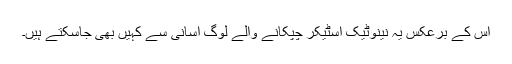
اس کے برعکس یہ نینوٹیک اسٹیکر چپکانے والے لوگ آسانی سے کہیں بھی جاسکتے ہیں۔